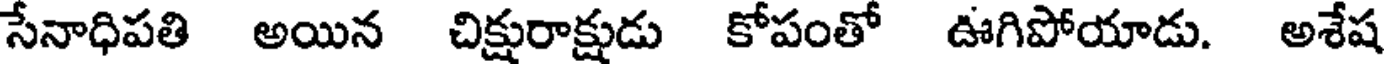
సేనాధిపతి అయిన చిక్షురాక్షుడు కోపంతో ఊగిపోయాడు. అశేష